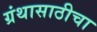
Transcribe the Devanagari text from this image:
ग्रंथासाठीचा